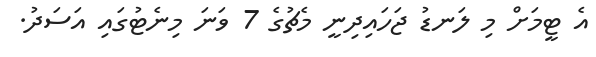
އެ ޓީމަށް މި ލަނޑު ޖަހައިދިނީ މެޗުގެ 7 ވަނަ މިނެޓުގައި އަސަދު.